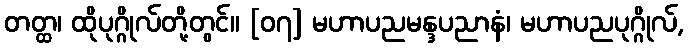
တတ္ထ၊ ထိုပုဂ္ဂိုလ်တို့တွင်။ [၀၇] မဟာပညမန္ဒပညာနံ၊ မဟာပညပုဂ္ဂိုလ်,